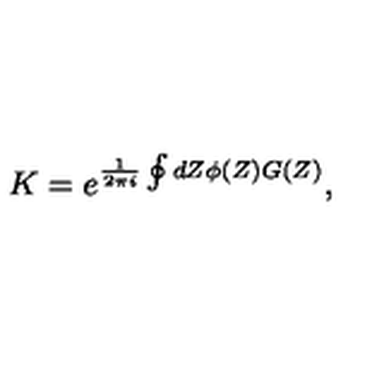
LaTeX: K = e ^ { \frac { 1 } { 2 \pi i } \oint d Z \phi ( Z ) G ( Z ) } ,